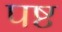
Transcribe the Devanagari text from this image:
पष्ट